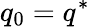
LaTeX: q_{0}=q^{*}